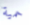
حمية